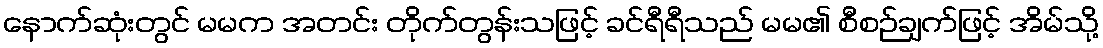
နောက်ဆုံးတွင် မမက အတင်း တိုက်တွန်းသဖြင့် ခင်ရီရီသည် မမ၏ စီစဉ်ချက်ဖြင့် အိမ်သို့